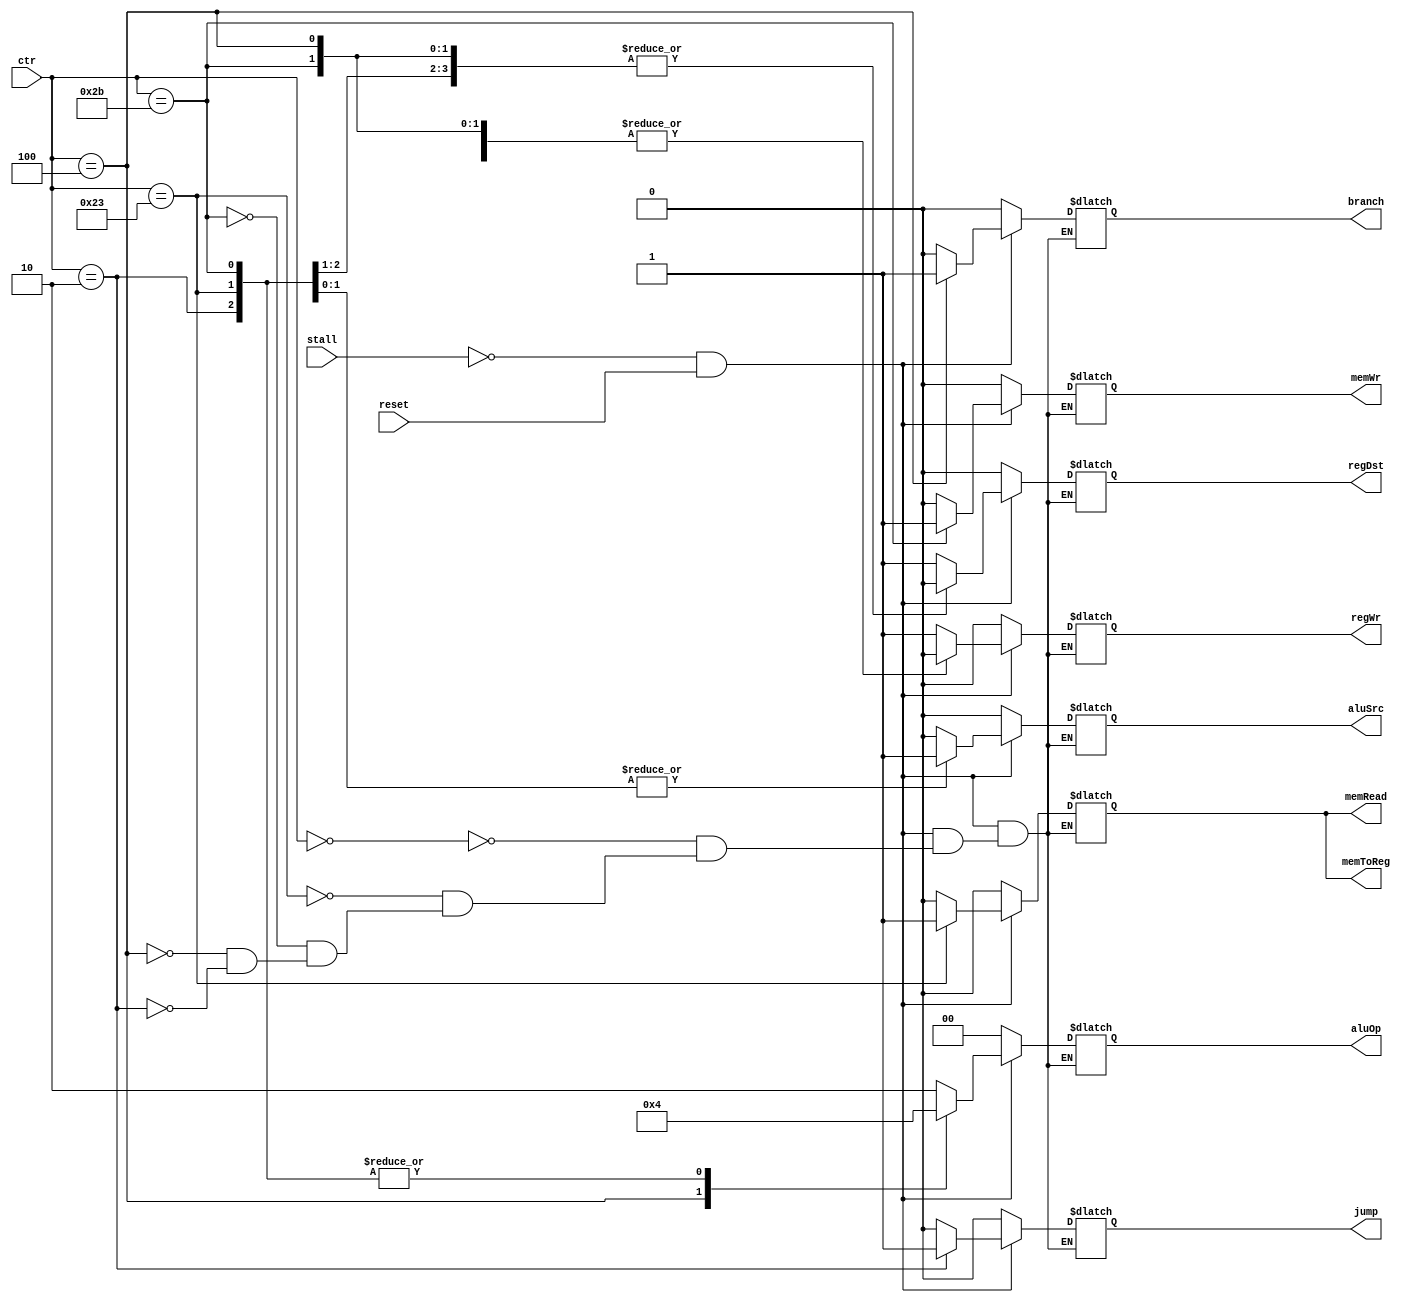
`timescale 1ns / 1ps
//////////////////////////////////////////////////////////////////////////////////
// Company: 
// Engineer: 
// 
// Design Name: 
// Module Name: control
// Project Name: 
// Target Devices: 
// Tool Versions: 
// Description: 
// 
// Dependencies: 
// 
// Revision:
// Revision 0.01 - File Created
// Additional Comments:
// 
//////////////////////////////////////////////////////////////////////////////////


module control(
    input reset,
    input stall,
    input [5:0] ctr,
    output reg regDst,
    output reg jump,
    output reg branch,
    output reg memRead,
    output reg memToReg,
    output reg [1:0] aluOp,
    output reg memWr,
    output reg aluSrc,
    output reg regWr
    );
    initial
    begin
            regDst=0;
            jump=0;
            branch=0;
            memRead=0;
            memToReg=0;
            aluOp=2'b00;
            memWr=0;
            aluSrc=0;
            regWr=0;
    end
    
    always @ (ctr)
    begin
        if(stall==0 && reset==1)
        begin
        case(ctr)
        6'b000000:
        begin
            regDst=1;
            jump=0;
            branch=0;
            memRead=0;
            memToReg=0;
            aluOp=2'b10;
            memWr=0;
            aluSrc=0;
            regWr=1;
        end
        
        6'b100011:
        begin
            regDst=0;
            jump=0;
            branch=0;
            memRead=1;
            memToReg=1;
            aluOp=2'b00;
            memWr=0;
            aluSrc=1;
            regWr=1;
        end
        
        6'b101011:
        begin
            regDst=0;
            jump=0;
            branch=0;
            memRead=0;
            memToReg=0;
            aluOp=2'b00;
            memWr=1;
            aluSrc=1;
            regWr=0;
        end
        
        6'b000100:
        begin
            regDst=0;
            jump=0;
            branch=1;
            memRead=0;
            memToReg=0;
            aluOp=2'b01;
            memWr=0;
            aluSrc=0;
            regWr=0;
        end
        
        6'b000010:
        begin
            regDst=0;
            jump=1;
            branch=0;
            memRead=0;
            memToReg=0;
            aluOp=2'b00;
            memWr=0;
            aluSrc=0;
            regWr=0;
        end
        endcase
        end
        else
        begin
            regDst=0;
            jump=0;
            branch=0;
            memRead=0;
            memToReg=0;
            aluOp=2'b00;
            memWr=0;
            aluSrc=0;
            regWr=0;
        end  
    end
    
    
endmodule